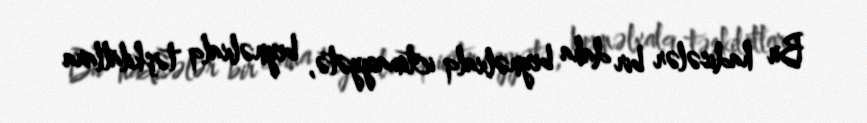
Bu hadisələr bir daha beynəlxalq ictimaiyyətə, beynəlxalq təşkilatlara